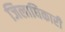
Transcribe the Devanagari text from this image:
जिलाघिकारी